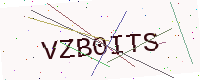
Text: VZB0ITS